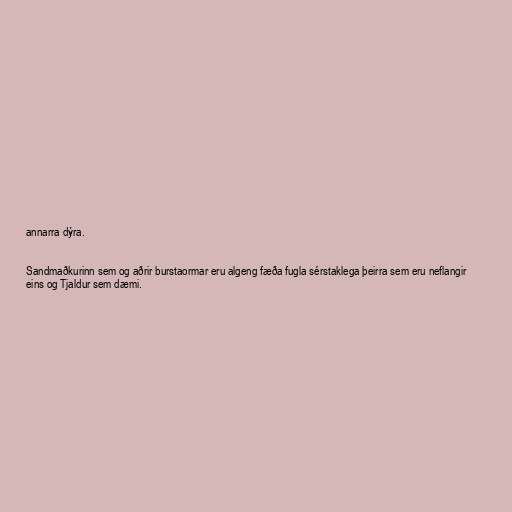
annarra dýra.

Sandmaðkurinn sem og aðrir burstaormar eru algeng fæða fugla sérstaklega þeirra sem eru neflangir
eins og Tjaldur sem dæmi.